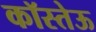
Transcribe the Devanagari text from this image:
कॉस्तेऊ